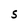
Character: S